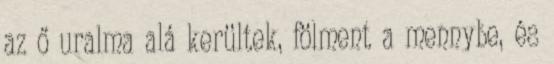
az ő uralma alá kerültek, fölment a mennybe, és